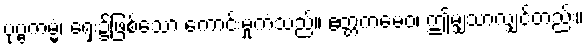
ပုဗ္ဗကမ္မံ၊ ရှေး၌ဖြစ်သော ကောင်းမှုကံသည်။ ဧတ္တကမေဝ၊ ဤမျှသာလျှင်တည်း။